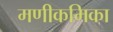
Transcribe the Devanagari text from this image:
मणीकमिका